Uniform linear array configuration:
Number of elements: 8
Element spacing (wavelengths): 1
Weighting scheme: hann
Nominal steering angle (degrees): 60
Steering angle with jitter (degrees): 61.562
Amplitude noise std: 0.05
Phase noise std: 0.05

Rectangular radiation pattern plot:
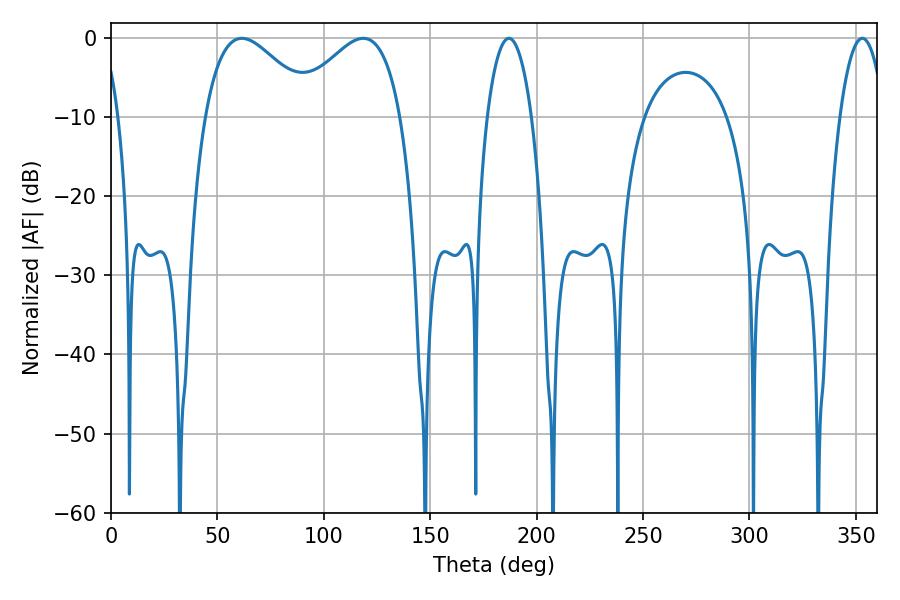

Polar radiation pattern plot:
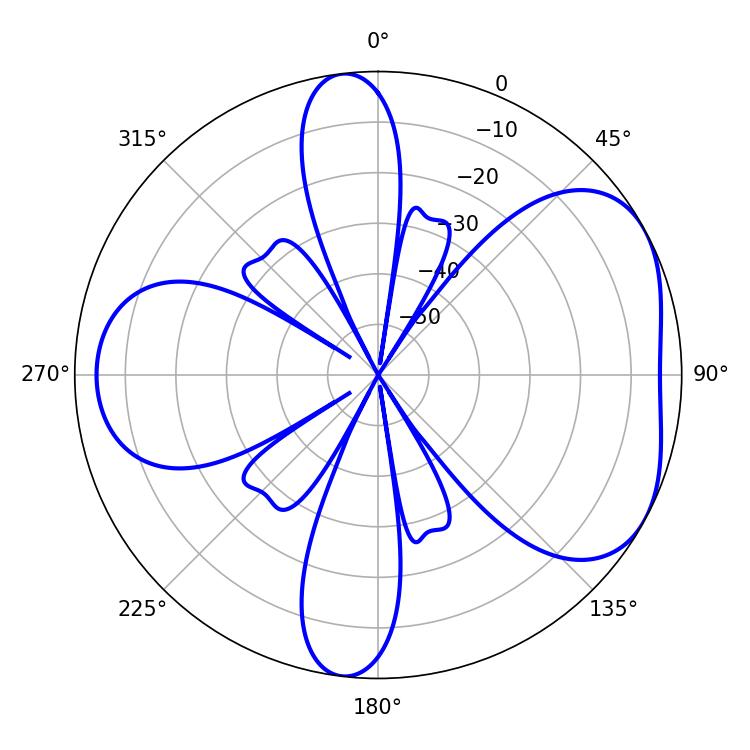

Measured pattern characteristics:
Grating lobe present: TRUE
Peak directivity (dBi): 4.817
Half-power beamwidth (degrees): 27.72
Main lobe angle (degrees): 61.56